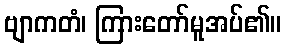
ဗျာကတံ၊ ကြားတော်မူအပ်၏။